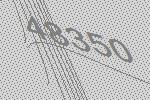
48350